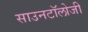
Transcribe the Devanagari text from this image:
साउनटॉलोजी